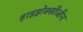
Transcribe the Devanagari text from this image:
हाइड्रोक्सीजीन